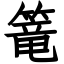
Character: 篭